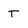
Character: T